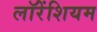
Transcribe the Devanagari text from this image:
लॉरेंशियम